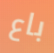
باع